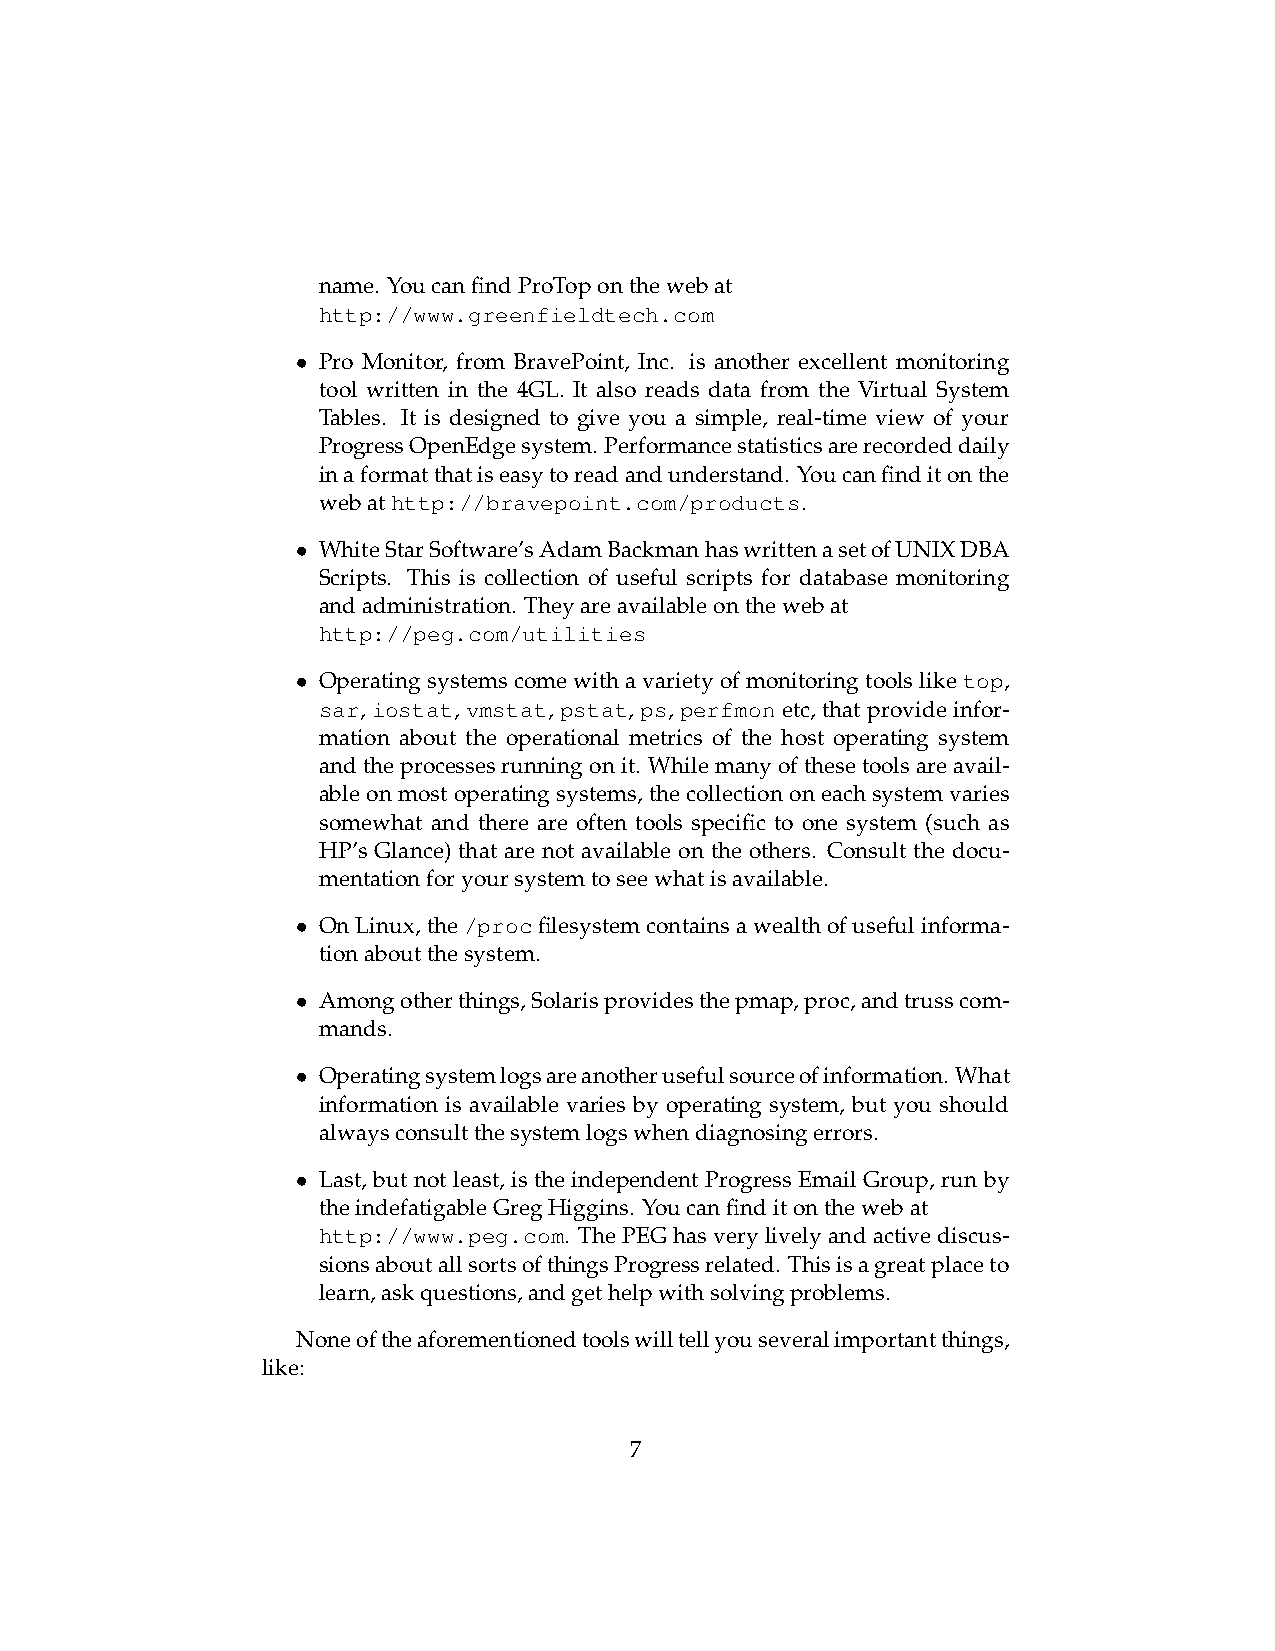
name. YoucanfindProToponthewebat
 http://www.greenfieldtech.com
 • Pro Monitor, from BravePoint, Inc. is another excellent monitoring
 tool written in the 4GL. It also reads data from the Virtual System
 Tables. It is designed to give you a simple, real-time view of your
 ProgressOpenEdgesystem. Performancestatisticsarerecordeddaily
 inaformatthatiseasytoreadandunderstand. Youcanfinditonthe
 webathttp://bravepoint.com/products.
 • WhiteStarSoftware’sAdamBackmanhaswrittenasetofUNIXDBA
 Scripts. This is collection of useful scripts for database monitoring
 andadministration. Theyareavailableonthewebat
 http://peg.com/utilities
 • Operatingsystemscomewithavarietyofmonitoringtoolsliketop,
 sar, iostat, vmstat, pstat, ps, perfmon etc, that provide infor-
 mation about the operational metrics of the host operating system
 andtheprocessesrunningonit. Whilemanyofthesetoolsareavail-
 ableonmostoperatingsystems,thecollectiononeachsystemvaries
 somewhat and there are often tools specific to one system (such as
 HP’s Glance) that are not available on the others. Consult the docu-
 mentationforyoursystemtoseewhatisavailable.
 • OnLinux,the/procfilesystemcontainsawealthofusefulinforma-
 tionaboutthesystem.
 • Amongotherthings,Solarisprovidesthepmap,proc,andtrusscom-
 mands.
 • Operatingsystemlogsareanotherusefulsourceofinformation. What
 information is available varies by operating system, but you should
 alwaysconsultthesystemlogswhendiagnosingerrors.
 • Last, but not least, is the independent Progress Email Group, run by
 theindefatigableGregHiggins. Youcanfinditonthewebat
 http://www.peg.com. ThePEGhasverylivelyandactivediscus-
 sionsaboutallsortsofthingsProgressrelated. Thisisagreatplaceto
 learn,askquestions,andgethelpwithsolvingproblems.
 Noneoftheaforementionedtoolswilltellyouseveralimportantthings,
 like:
 7